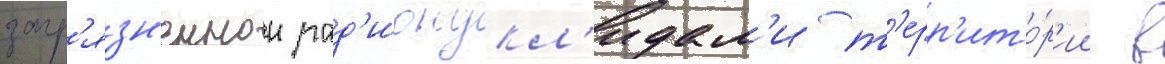
загр'язн'еннои рад'ионукл'идам'и т'ерр'ито́р'ии в